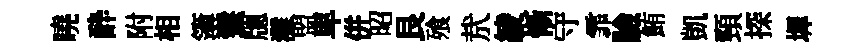
曉酔附相簿鬟牕灘盟卑併昭艮飱㢤綾慚守霏臉鮪凱頸探墀